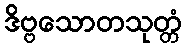
ဒိဗ္ဗသောတသုတ္တံ